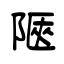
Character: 陿